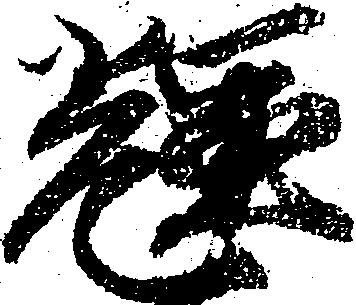
輝